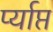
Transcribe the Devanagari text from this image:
र्प्याप्त